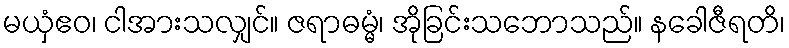
မယှံဧဝ၊ ငါအားသလျှင်။ ဇရာဓမ္မံ၊ အိုခြင်းသဘောသည်။ နခေါဇီရတိ၊